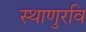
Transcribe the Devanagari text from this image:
स्थाणुरवि